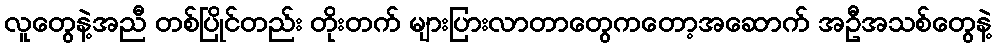
လူတွေနဲ့အညီ တစ်ပြိုင်တည်း တိုးတက် များပြားလာတာတွေကတော့အဆောက် အဦအသစ်တွေနဲ့